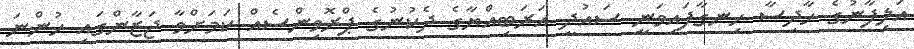
އަލިފާނުގެ ހާދިސާ ހިނގާފައިވަނީ ސައުދީ އަރަބިއްޔާގެ ދެކުނުގެ ޕްރޮވިންސެއް ކަމަށްވާ ޖަޒާންގައި ހުންނަ